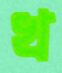
খ